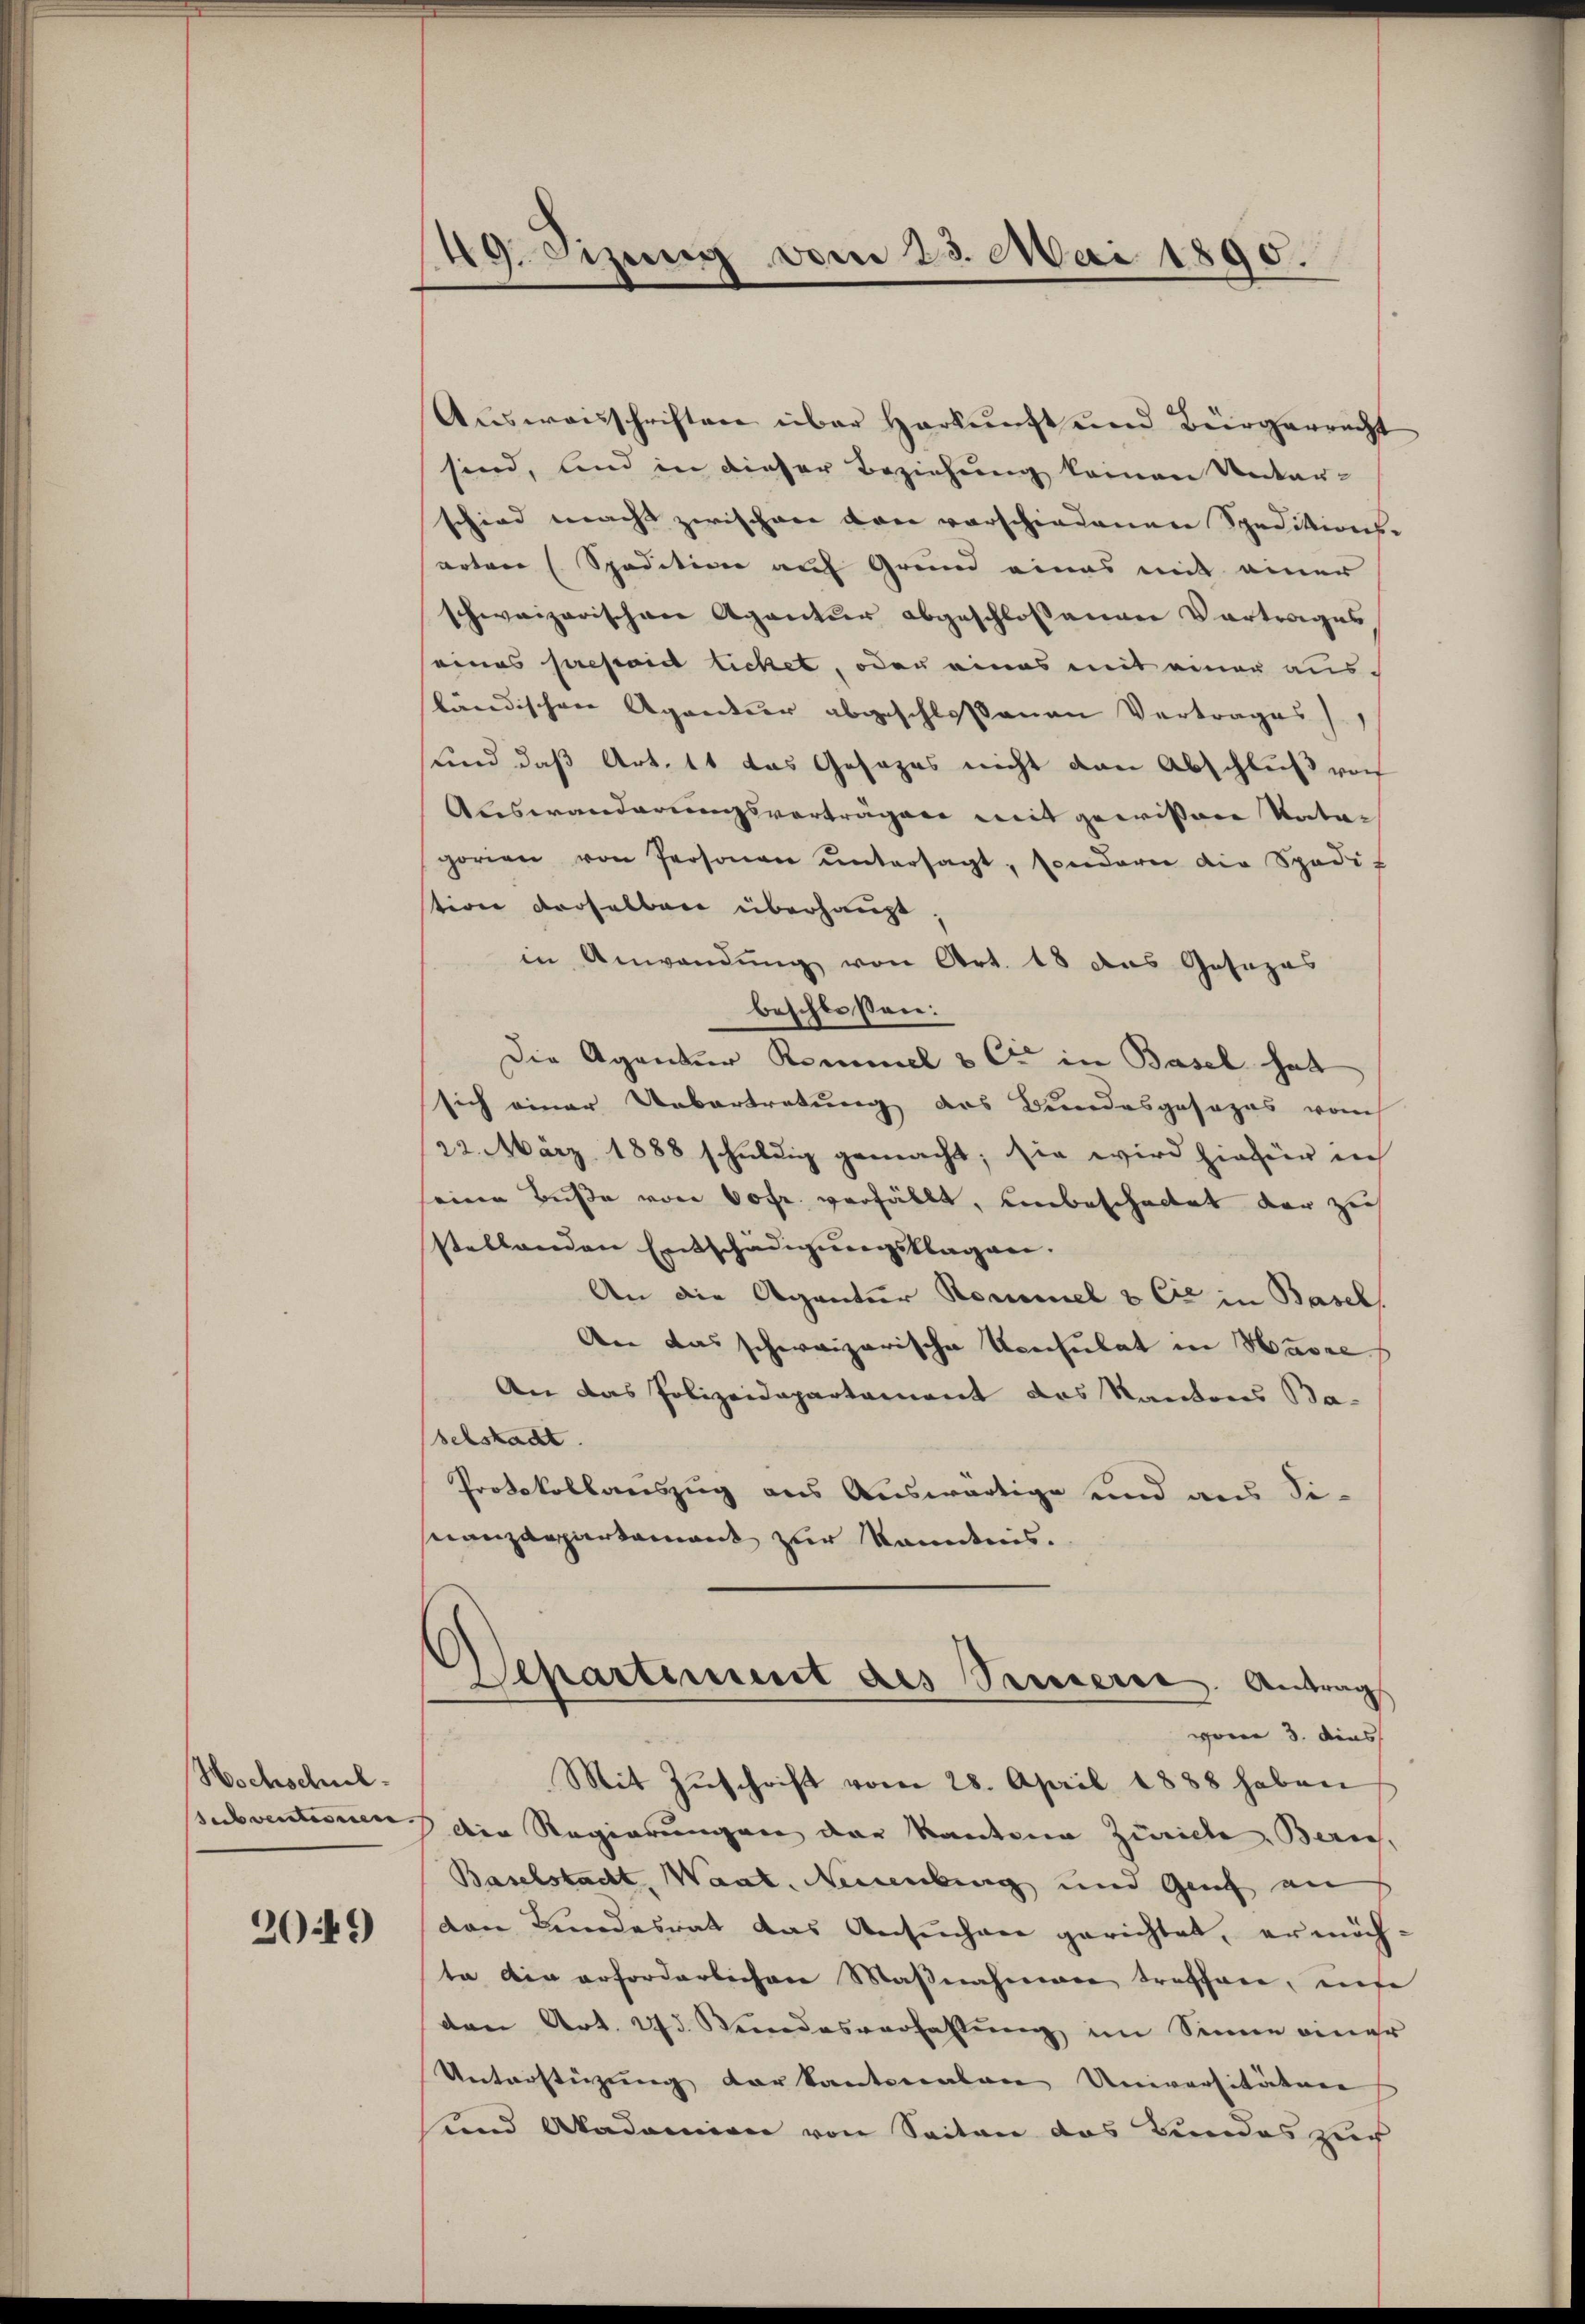
Hochschul

20449)

49. Sizung vom 23. Mai 1890.

Aŭsweisschriften über Harkunft und Bürgerrecht
sind, und in dieser Beziehung keinen Unter-
schied macht zwischere von vorschiedenen Speditions
arten (Spedition auf Grund eines mit einer
schweizerischen Agentur abgeschlossenen Vortrages
seines pressirt lichet, oder eines mit einer ausländischen Agentur abgeschlossenen Vertrages
und daß Art. 11 das Gesezes nicht den Abschluß von
Auswanderungsverträgen mit gewissene Vater
gorien von Personen ŭntersagt, sonderer die Spedi-
stion derselben überhaupt.
in Anwendung von Art. 18 das Gasozus
beschloßen:
Die Agentur Remmel & Cie in Basel hat
sich einer Uebertretung des Bundesgesezes vom
22. März 1888 schuldig gemacht; sie wird hiefür in
seinen Buße von 60fr. verfällt, unbescheitet der zu
stellenden Entschädigungsklagen.
An die Agentur Kommel & Cie in Basel,
An das schweizerische Konsulat in Havre s
An das Polizeidepartament das Kantons Ba-
selstadt.
Protokollauszug aus Auswärtige und aus di-
nanzdepartement zur Kandtnis.
Separtement des Seesserer Antrags
von 3. dies
Mit Zŭschrift vom 28. April 1888 haben
subventasien der Regierungen der Kantone Zürich, Zürich,
Baselstacht, Waat. Neuenbung und Genf an
den Bundesrat das Ansuchen gerichtet, ermäch-
ta die erforderlichen Maβnahmen treffen, inse
den Art. 24. Stundesverhaltung im Sinne einer
Unterstüzung der kantonenten Universitätere
und Akademien von Seiten das Bundes zur